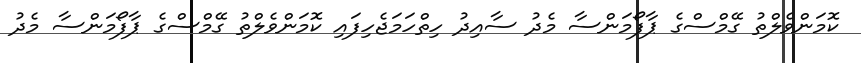
ކޮމަންވެލްތު ގޭމްސްގެ ޕާފޯމަންސާ މެދު ސާއިދު ހިތްހަމަޖެހިފައި ކޮމަންވެލްތު ގޭމްސްގެ ޕާފޯމަންސާ މެދު